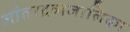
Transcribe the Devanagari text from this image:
आंतरद्रव्यजालिका